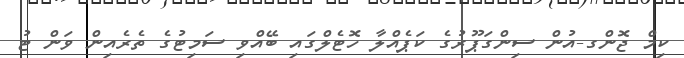
ކިމް ޖޮންގ-އުން ސިންގަޕޫރުގެ ކަޕެއްލާ ހޮޓެލްގައި ބޭއްވި ސަމިޓުގެ ތެރެއިން ވަން ޓު